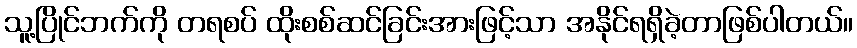
သူ့ပြိုင်ဘက်ကို တရစပ် ထိုးစစ်ဆင်ခြင်းအားဖြင့်သာ အနိုင်ရရှိခဲ့တာဖြစ်ပါတယ်။